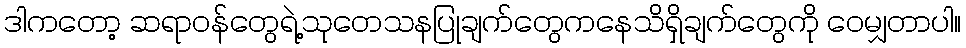
ဒါကတော့ ဆရာဝန်တွေရဲ့သုတေသနပြုချက်တွေကနေသိရှိချက်တွေကို ဝေမျှတာပါ။